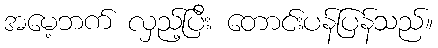
အမေ့ဘက် လှည့်ပြီး တောင်းပန်ပြန်သည်။